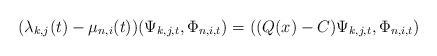
LaTeX: \begin{align*}(\lambda_{k,j}(t)-\mu_{n,i}(t))(\Psi_{k,j,t},\Phi_{n,i,t})=((Q(x)-C)\Psi_{k,j,t},\Phi_{n,i,t}) \end{align*}